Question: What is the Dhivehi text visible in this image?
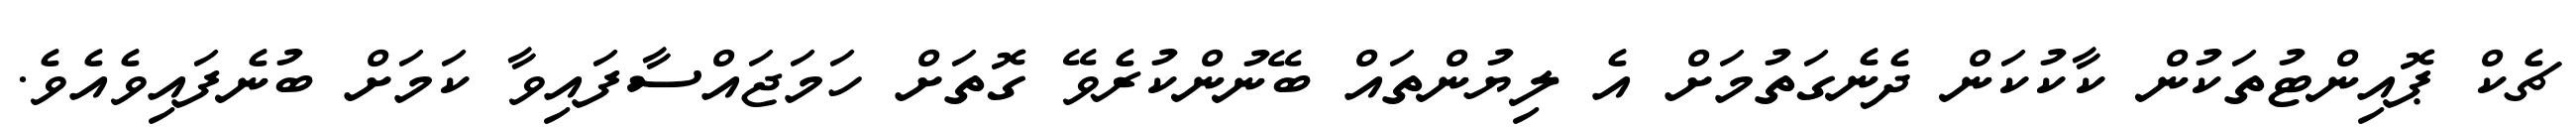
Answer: ޗެކް ޕޮއިންޓުތަކުން ކާކުކަން ދެނެގަތުމަށް އެ ލިޔުންތައް ބޭނުންކުރެވޭ ގޮތަށް ހަމަޖައްސާފައިވާ ކަމަށް ބުނެފައިވެއެވެ.